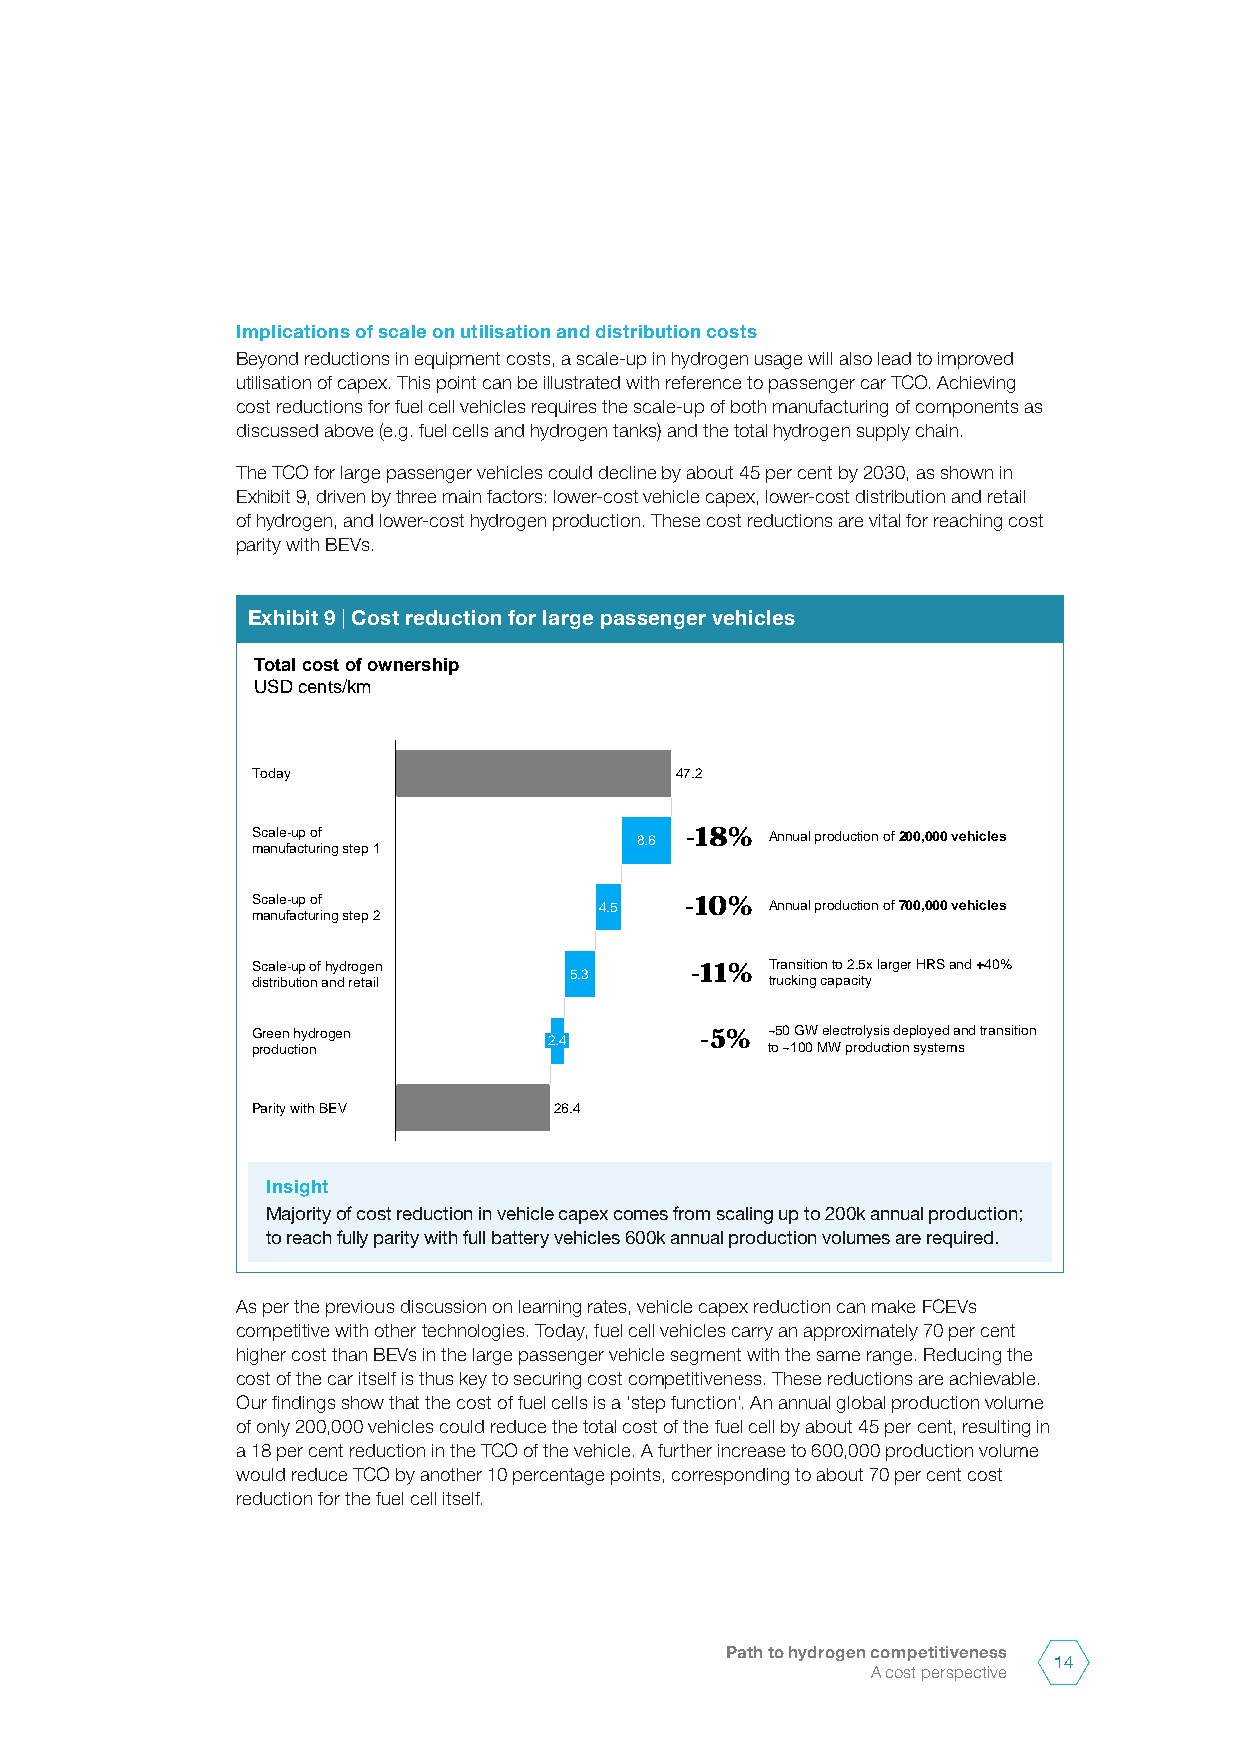
Implications of scale on utilisation and distribution costs
 Beyond reductions in equipment costs, a scale-up in hydrogen usage will also lead to improved
 utilisation of capex. This point can be illustrated with reference to passenger car TCO. Achieving
 cost reductions for fuel cell vehicles requires the scale-up of both manufacturing of components as
 discussed above (e.g. fuel cells and hydrogen tanks) and the total hydrogen supply chain.
 The TCO for large passenger vehicles could decline by about 45 per cent by 2030, as shown in
 Exhibit 9, driven by three main factors: lower-cost vehicle capex, lower-cost distribution and retail
 of hydrogen, and lower-cost hydrogen production. These cost reductions are vital for reaching cost
 parity with BEVs.
 Exhibit 9 | Cost reduction for large passenger vehicles
 Total cost of ownership
 USD cents/km
 Today                       47.2
 Scale-up of              8.6 -18% Annual production of 200,000 vehicles
 manufacturing step 1
 Scale-up of            4.5  -10%  Annual production of 700,000 vehicles
 manufacturing step 2
 Scale-up of hydrogen         -11% Transition to 2.5x larger HRS and +40%
 5.3
 distribution and retail           trucking capacity
 Green hydrogen               -5%  ~50 GW electrolysis deployed and transition
 2.4
 production                        to ~100 MW production systems
 Parity with BEV     26.4
 Insight
 Majority of cost reduction in vehicle capex comes from scaling up to 200k annual production;
 to reach fully parity with full battery vehicles 600k annual production volumes are required.
 As per the previous discussion on learning rates, vehicle capex reduction can make FCEVs
 competitive with other technologies. Today, fuel cell vehicles carry an approximately 70 per cent
 higher cost than BEVs in the large passenger vehicle segment with the same range. Reducing the
 cost of the car itself is thus key to securing cost competitiveness. These reductions are achievable.
 Our findings show that the cost of fuel cells is a ‘step function’. An annual global production volume
 of only 200,000 vehicles could reduce the total cost of the fuel cell by about 45 per cent, resulting in
 a 18 per cent reduction in the TCO of the vehicle. A further increase to 600,000 production volume
 would reduce TCO by another 10 percentage points, corresponding to about 70 per cent cost
 reduction for the fuel cell itself.
 Path to hydrogen competitiveness
 14
 A cost perspective